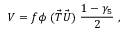
V = f \phi ~ ( \vec { T } \vec { U } ) ~ \frac { 1 - \gamma _ { 5 } } { 2 } ~ ,